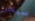
سيجن